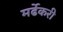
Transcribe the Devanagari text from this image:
मर्ढेकरी